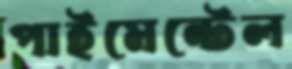
পাইমেন্টেল